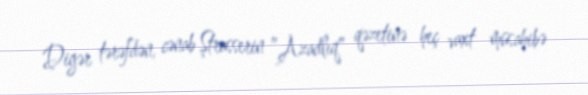
Digər tərəfdən, cənab Ştrasserin ”Azadlıq" qəzetinə heç vaxt müsahibə